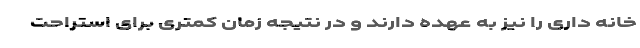
خانه داری را نیز به عهده دارند و در نتیجه زمان کمتری برای استراحت